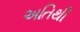
અતિથી